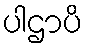
ပါဌာပိ